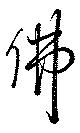
佛